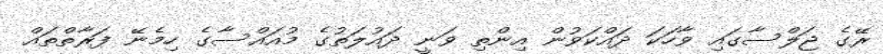
ރޭގެ ޖަލްސާގައި ވާހަކަ ދައްކަވުން އިންތި ވަނީ ދައުލަތުގެ މުއައްސާގެ ހިމެނޭ ފަރާތްތައް